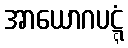
အာယောဂပဋ္ဋံ